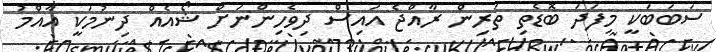
ސަބަބަކީ މިފަދަ ބޮޑެތި ތަރިން ރާއްޖެ އައިސް ދިވެހިންނަށް ޝޯއެއް ދިނުމަކީ އާއްމު